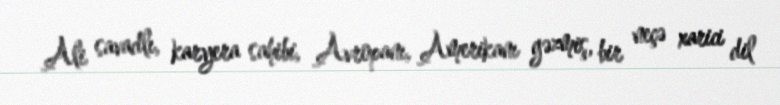
Ali savadlı, karyera sahibi, Avropanı, Amerikanı gəzmiş, bir neçə xarici dil